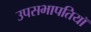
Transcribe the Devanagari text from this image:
उपसभापतियॉ